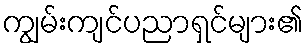
ကျွမ်းကျင်ပညာရှင်များ၏